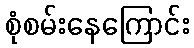
စုံစမ်းနေကြောင်း